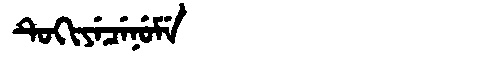
Manchu: ᡨᡠᡴᡳᠶᡝᠴᡝᠨᡠᠮᡝ
Romanization: TUKIYECENUME